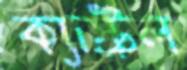
ক্যাস্ট্রল